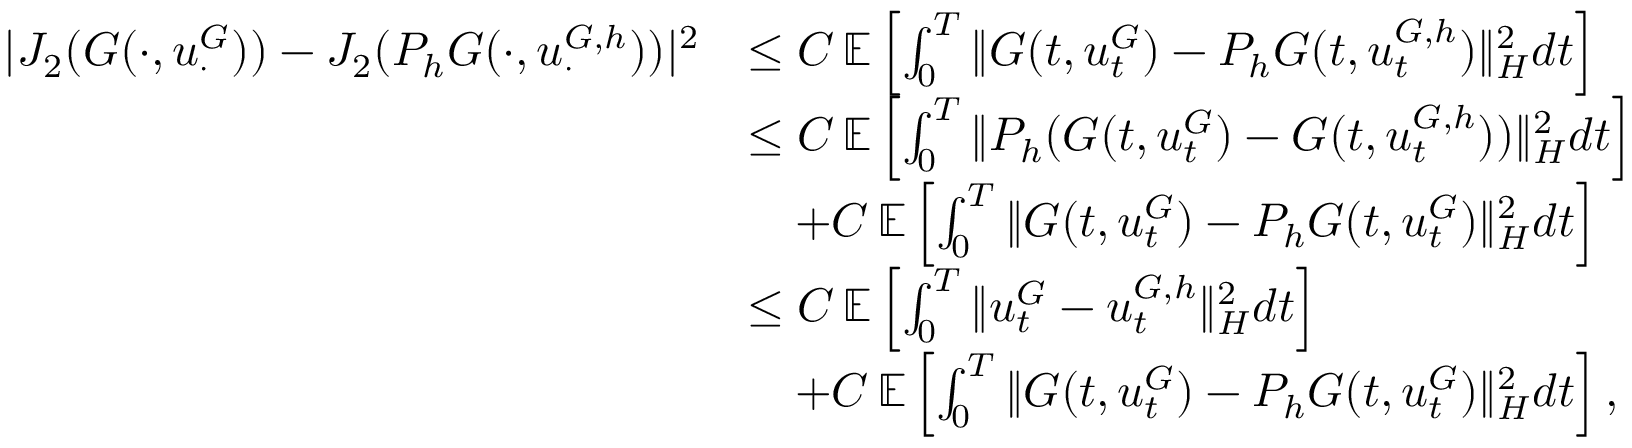
\begin{array} { r l } { | J _ { 2 } ( G ( \cdot , u _ { \cdot } ^ { G } ) ) - J _ { 2 } ( P _ { h } G ( \cdot , u _ { \cdot } ^ { G , h } ) ) | ^ { 2 } } & { \leq C \, \ensuremath { { \mathbb E } } \left[ \int _ { 0 } ^ { T } \| { G } ( t , u _ { t } ^ { { G } } ) - P _ { h } { G } ( t , u _ { t } ^ { { G } , h } ) \| _ { H } ^ { 2 } d t \right] } \\ & { \leq C \, \ensuremath { { \mathbb E } } \left[ \int _ { 0 } ^ { T } \| P _ { h } ( { G } ( t , u _ { t } ^ { { G } } ) - G ( t , u _ { t } ^ { G , h } ) ) \| _ { H } ^ { 2 } d t \right] } \\ & { \quad + C \, \ensuremath { { \mathbb E } } \left[ \int _ { 0 } ^ { T } \| G ( t , u _ { t } ^ { G } ) - P _ { h } G ( t , u _ { t } ^ { G } ) \| _ { H } ^ { 2 } d t \right] } \\ & { \leq C \, \ensuremath { { \mathbb E } } \left[ \int _ { 0 } ^ { T } \| u _ { t } ^ { G } - u _ { t } ^ { G , h } \| _ { H } ^ { 2 } d t \right] } \\ & { \quad + C \, \ensuremath { { \mathbb E } } \left[ \int _ { 0 } ^ { T } \| G ( t , u _ { t } ^ { G } ) - P _ { h } G ( t , u _ { t } ^ { G } ) \| _ { H } ^ { 2 } d t \right] , } \end{array}